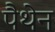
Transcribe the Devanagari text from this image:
पैथेन